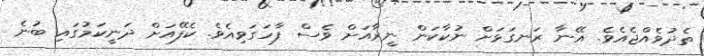
ތެދުވެއްޖެއެވެ. އޭނާ ރަނގަޅަށް ނުކާކަން ނީރާއަށް ވެސް ފާހަގަވިއެވެ. ކެފޭއަށް ދަނީކަމުގައި ބުނެ